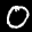
Label: 0